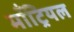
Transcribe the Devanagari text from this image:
माँट्रियल